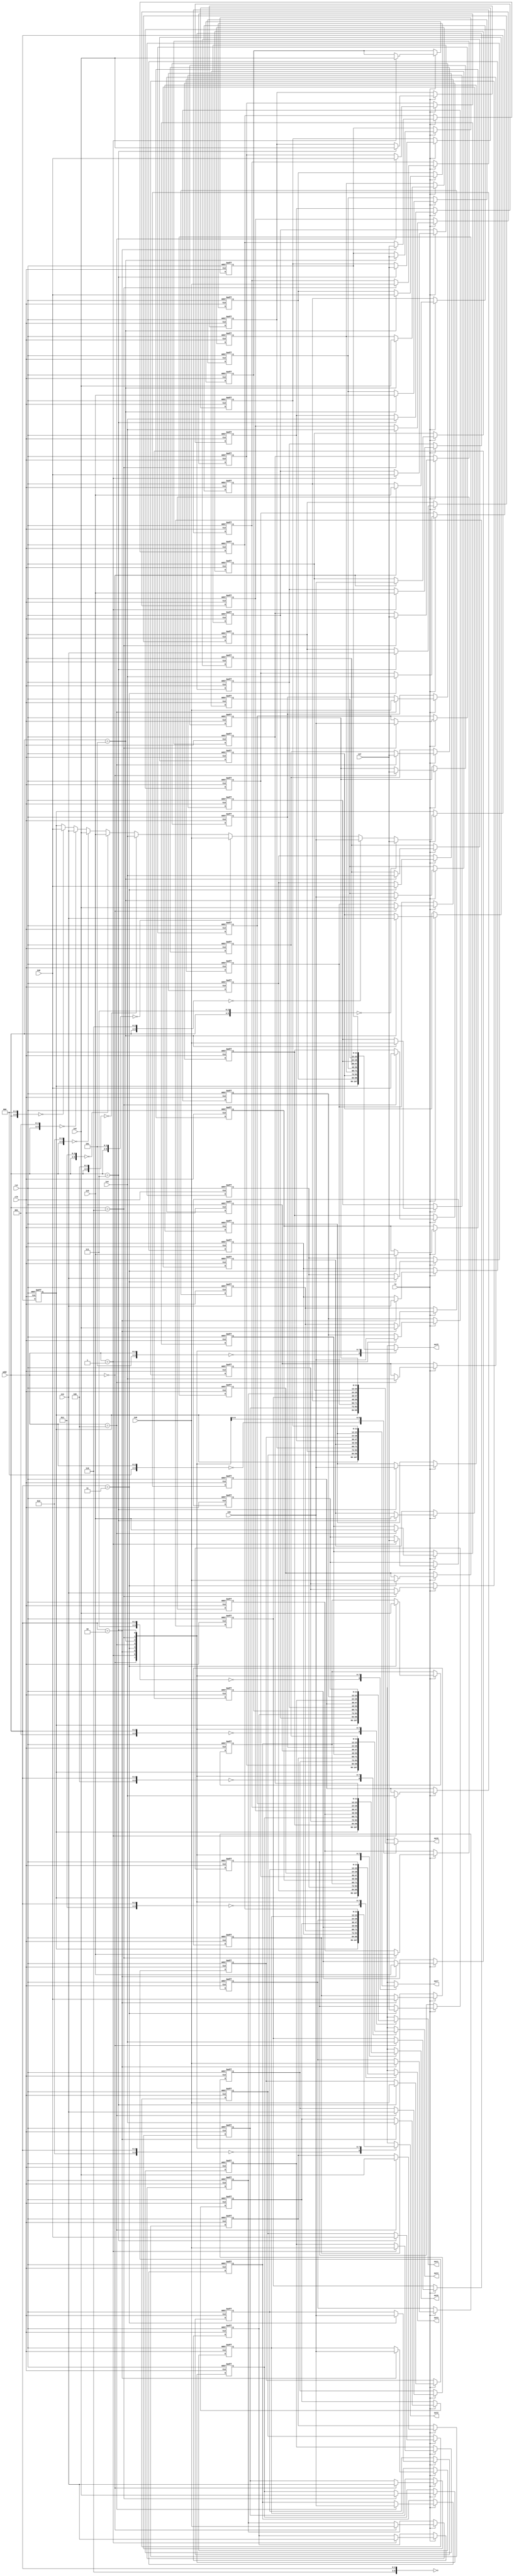
//+FHDR------------------------------------------------------------------  
// (C) Copyright Company National Cheng Kung University (NCKU)             
//  All Right Reserved                                                     
//-----------------------------------------------------------------------  
//  CONTACT INFORMATION: n26991784@mail.ncku.edu.tw                    
//-----------------------------------------------------------------------  
//  RELEASE VERSION: v1.0                                                  
//  VERSION DESCRIPTION:   none                      
//-----------------------------------------------------------------------  
//  RELEASE DATE:  2011-01-14                                                        
//-----------------------------------------------------------------------  
//  PURPOSE:    transform of DCT                                                         
//-----------------------------------------------------------------------  
//  PARAMETERS:  none                                                          
//         
//                               
//-FHDR------------------------------------------------------------------

`timescale 1ns/10ps   
module transram(//intput
				    clk, 
					rst, 
					rw, 
					addr, 
					in0, 
					in1, 
					in2, 
					in3, 
					in4, 
					in5, 
					in6, 
					in7,
				
				    //output
				    out0, 
					out1, 
					out2, 
					out3, 
					out4, 
					out5, 
					out6, 
					out7
					);
  
  input clk,rst,rw;//rw=1 write ; rw=0 read
  input [2:0] addr;
  input [11:0]  in0,in1,in2,in3,in4,in5,in6,in7;
  output [11:0] out0,out1,out2,out3,out4,out5,out6,out7;
  
  integer i;
  reg [11:0] mem[63:0];
  
  reg [11:0] out0,out1,out2,out3,out4,out5,out6,out7;
  
  wire [5:0] addr_w0 = {addr,3'b000};//addr_w0=addr*8
  wire [5:0] addr_w1 = {addr,3'b001};//addr_w1=addr*8+1
  wire [5:0] addr_w2 = {addr,3'b010};//addr_w2=addr*8+2
  wire [5:0] addr_w3 = {addr,3'b011};//addr_w3=addr*8+3
  wire [5:0] addr_w4 = {addr,3'b100};//addr_w4=addr*8+4
  wire [5:0] addr_w5 = {addr,3'b101};//addr_w5=addr*8+5
  wire [5:0] addr_w6 = {addr,3'b110};//addr_w6=addr*8+6
  wire [5:0] addr_w7 = {addr,3'b111};//addr_w7=addr*8+7
  wire [5:0] addr_r0 = {3'b000,addr};//addr_r0=addr
  wire [5:0] addr_r1 = {3'b001,addr};//addr_r1=addr+8
  wire [5:0] addr_r2 = {3'b010,addr};//addr_r2=addr+16
  wire [5:0] addr_r3 = {3'b011,addr};//addr_r3=addr+24
  wire [5:0] addr_r4 = {3'b100,addr};//addr_r4=addr+32
  wire [5:0] addr_r5 = {3'b101,addr};//addr_r5=addr+40
  wire [5:0] addr_r6 = {3'b110,addr};//addr_r6=addr+48
  wire [5:0] addr_r7 = {3'b111,addr};//addr_r7=addr+56
  				
  //wite and reset
  always@(posedge clk or posedge rst) begin
    if(rst) for(i=0;i<=63;i=i+1) mem[i]<=12'b0;
    else if(rw) begin
      mem[addr_w0]<=in0;
      mem[addr_w1]<=in1;
      mem[addr_w2]<=in2;
      mem[addr_w3]<=in3;
      mem[addr_w4]<=in4;
      mem[addr_w5]<=in5;
      mem[addr_w6]<=in6;
      mem[addr_w7]<=in7;       
    end
  end
  
  //read
  always@(addr_r0 or addr_r1 or addr_r2 or addr_r3 or addr_r4 or addr_r5 or addr_r6 or addr_r7) begin
    out0=mem[addr_r0];
    out1=mem[addr_r1];
    out2=mem[addr_r2];
    out3=mem[addr_r3];
    out4=mem[addr_r4];
    out5=mem[addr_r5];
    out6=mem[addr_r6];
    out7=mem[addr_r7];
  end
				
				
endmodule